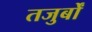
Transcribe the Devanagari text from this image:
तजुर्बों